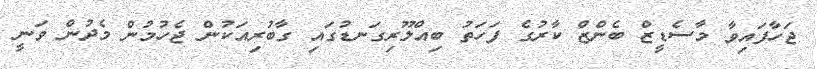
ޖަހާފައިވާ މާސެޑީޒް ބެންޒް ކާރުގެ ފަހަތު ބިއްލޫރިގަނޑުގައި ގާބުރިއަކުން ޖެހުމުން މެދުން ވަނީ